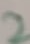
Text: 2